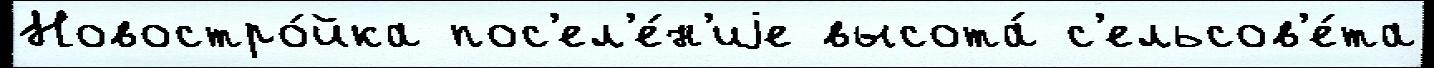
Новостро́йка пос'ел'е́н'иjе высота́ с'ельсов'е́та